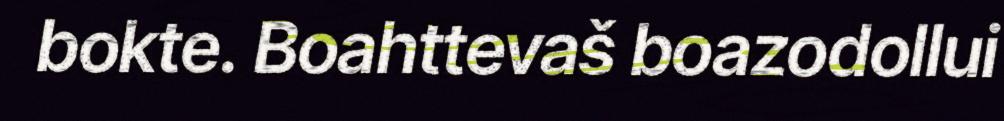
bokte. Boahttevaš boazodollui